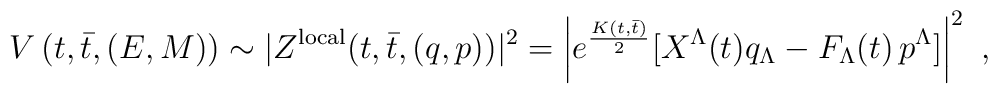
V  \left ( t, \bar t, (E,M) \right) \sim   |Z^{\rm local} (t, \bar t, (q,p))|^2  =  \left|  e^{K(t, \bar t)\over 2} [X^\Lambda(t)  q_\Lambda - F_\Lambda(t) \,p^\Lambda] \right|^2 \ ,